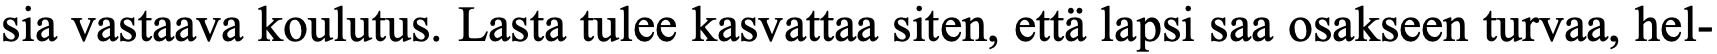
sia vastaava koulutus. Lasta tulee kasvattaa siten, että lapsi saa osakseen turvaa, hel-